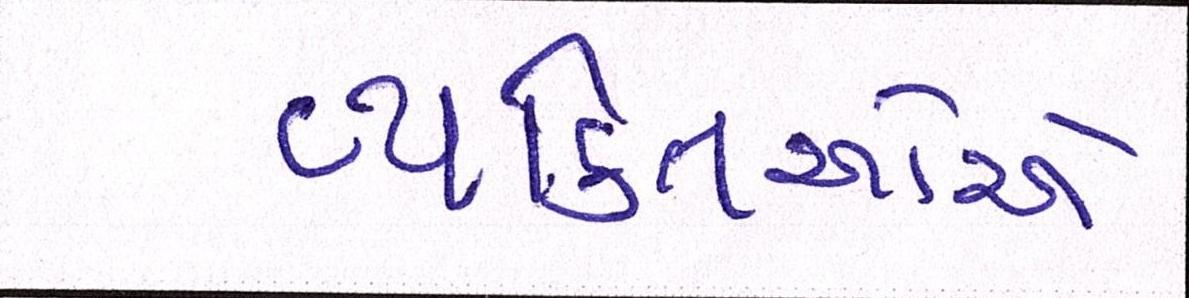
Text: વ્યક્તિઓએ